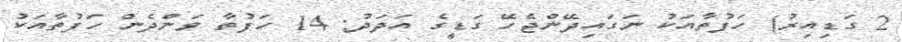
2 ގަޑިއިރު) ހަފުތާއަކު ނަގައިދޭންޖެހޭ ގަޑީގެ އަދަދު: 14 ހަފުތާ ވަންދެން ހަފުތާއަކު